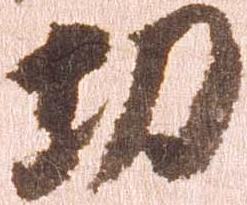
功